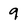
Character: 9